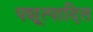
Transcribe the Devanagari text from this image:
पशूत्पादित